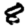
Digit: 8